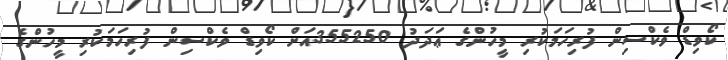
ކޯވިޑް ވެކްސިން ފުރިހަމަކުރި މީހުންގެ ޢަދަދު 355250އަށް ކޯވިޑް ވެކްސިން ފުރިހަމަކުރި މީހުންގެ